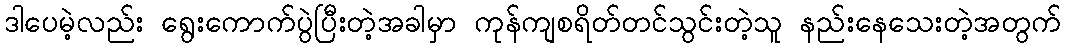
ဒါပေမဲ့လည်း ရွေးကောက်ပွဲပြီးတဲ့အခါမှာ ကုန်ကျစရိတ်တင်သွင်းတဲ့သူ နည်းနေသေးတဲ့အတွက်